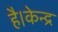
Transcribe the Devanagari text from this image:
है।केन्द्र